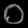
Digit: ၀